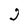
Character: g